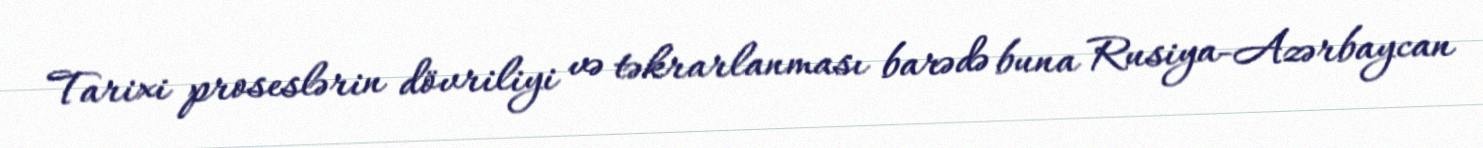
Tarixi proseslərin dövriliyi və təkrarlanması barədə buna Rusiya-Azərbaycan